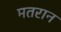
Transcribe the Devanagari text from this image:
मतरान